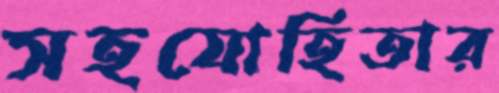
সহযোহিতার